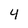
Character: 4